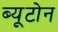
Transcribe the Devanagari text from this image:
ब्यूटोन